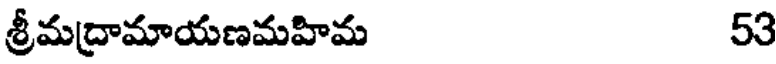
శ్రీమద్రామాయణమహిమ 53